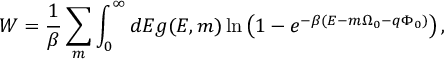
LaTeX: W = \frac { 1 } { \beta } \sum _ { m } \int _ { 0 } ^ { \infty } d { \cal E } g ( { \cal E } , m ) \ln \left( 1 - e ^ { - \beta ( { \cal E } - m \Omega _ { 0 } - q \Phi _ { 0 } ) } \right) ,